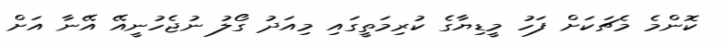
ކޮންމެ މެޗަކަށް ފަހު މީޑިޔާގެ ކުރިމަތީގައި މިއަދު ގޯލު ނުޖެހުނީއޭ އޭނާ އަށް